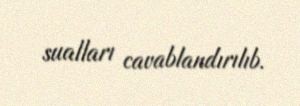
sualları cavablandırılıb.